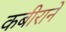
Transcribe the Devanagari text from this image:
कबीराने